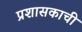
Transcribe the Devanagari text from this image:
प्रशासकाची